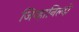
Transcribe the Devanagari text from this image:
जिव्हानिल्दो